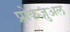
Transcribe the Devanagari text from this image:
प्रोकेज़ुअल